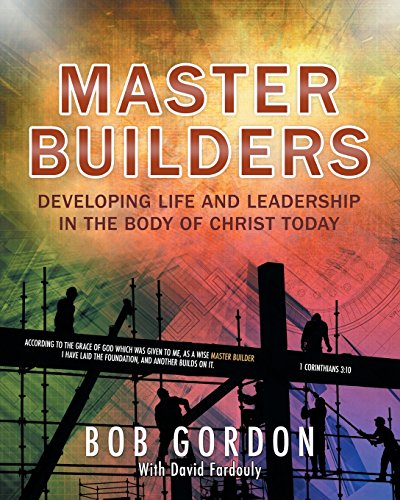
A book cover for Master Builders; Bob Gordon; Christian Books & Bibles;